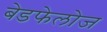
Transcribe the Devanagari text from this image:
बेडफेलोज